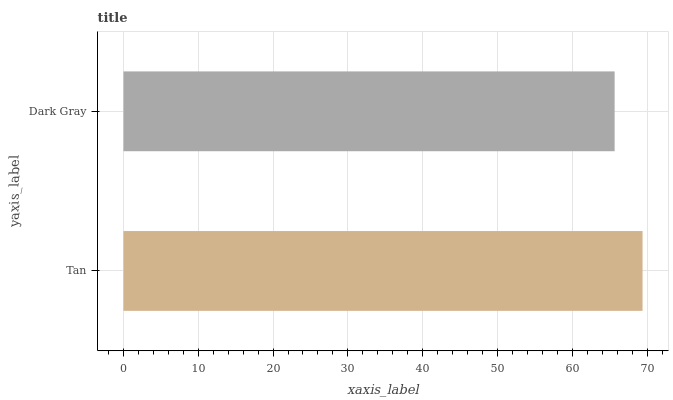
| yaxis_label | bars |
 | --- | --- |
 | Tan | 69.4 |
 | Dark Gray | 65.7 |